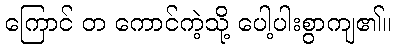
ကြောင် တ ကောင်ကဲ့သို့ ပေါ့ပါးစွာကျ၏။